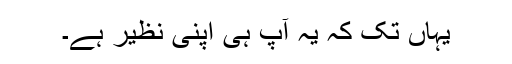
یہاں تک کہ یہ آپ ہی اپنی نظیر ہے۔